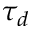
\tau _ { d }